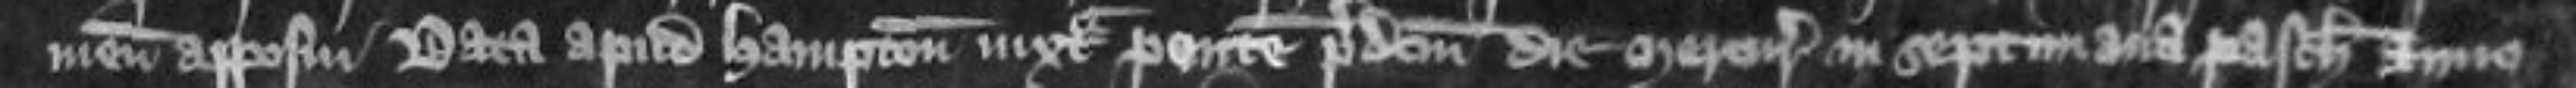
meum apposui Data apud Hampton juxta pontem predictum die Mercurii in septimana Pasche anno